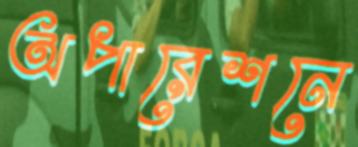
অপারেশনে